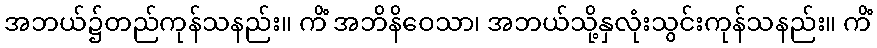
အဘယ်၌တည်ကုန်သနည်း။ ကိံ အဘိနိဝေသာ၊ အဘယ်သို့နှလုံးသွင်းကုန်သနည်း။ ကိံ